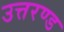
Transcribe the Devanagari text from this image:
उत्तरण्ड